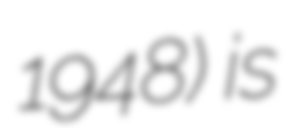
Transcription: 1948) is